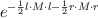
\begin{align*}e^{-\frac{1}{2} l \cdot M \cdot l-\frac{1}{2}r \cdot M \cdot r}\end{align*}